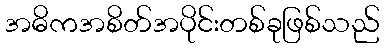
အဓိကအစိတ်အပိုင်းတစ်ခုဖြစ်သည်